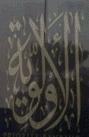
الأولوية